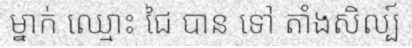
ម្នាក់ ឈ្មោះ ជៃ បាន ទៅ តាំងសិល្ប៍